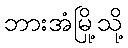
ဘားအံမြို့သို့